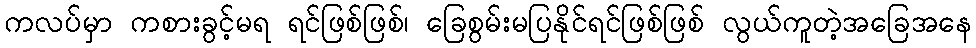
ကလပ်မှာ ကစားခွင့်မရ ရင်ဖြစ်ဖြစ်၊ ခြေစွမ်းမပြနိုင်ရင်ဖြစ်ဖြစ် လွယ်ကူတဲ့အခြေအနေ